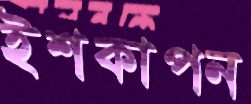
ইশকাপন